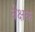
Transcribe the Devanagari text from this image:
वेक्षक